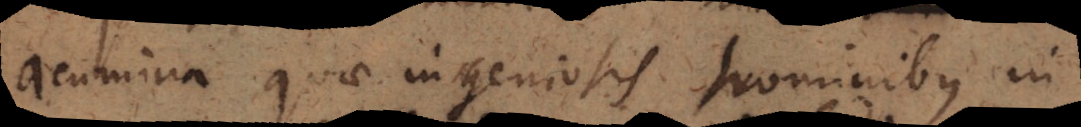
acumina quae ingeniosis hominibus in